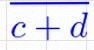
\frac{a+b}{c+d}